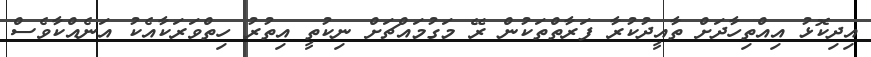
އިދިކޮޅު އިއްތިހާދަށް ތާއީދުކުރާ ފަރާތްތަކުން ރޭ މަގުމައްޗަށް ނިކުތީ އިތުރު ހިތްވަރަކާއެކު އަނެއްކާވެސް